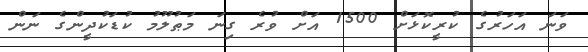
ވަނަ އަހަރުގެ ކުރީކޮޅަށް 1500 އަށް ވުރެ ގިނަ މަޠުލޫމު ކުޑަކުދީންގެ ނަން